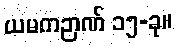
ယမကဉာဏ် ၁၅-ခု။